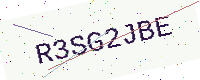
Text: R3SG2JBE